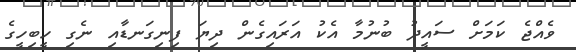
ވެއްޖެ ކަމަށް ސައީދު ބުނުމާ އެކު އަރައިގެން ދިޔަ ފިނިގަނޑާއި ނެގި ހީބިހީގެ